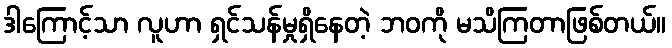
ဒါကြောင့်သာ လူဟာ ရှင်သန်မှုရှိနေတဲ့ ဘဝကို မသိကြတာဖြစ်တယ်။